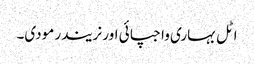
اٹل بہاری واجپائی اور نریندر مودی۔